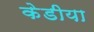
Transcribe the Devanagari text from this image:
केडीया